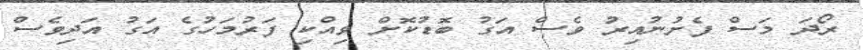
ރޯދަ މަސް ފެށުނުއިރު ވެސް އަގު ބޮޑުކޮށް ވިއްކި ފަރުމަހުގެ އަގު އަދިވެސް